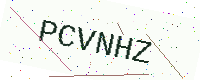
Text: PCVNHZ